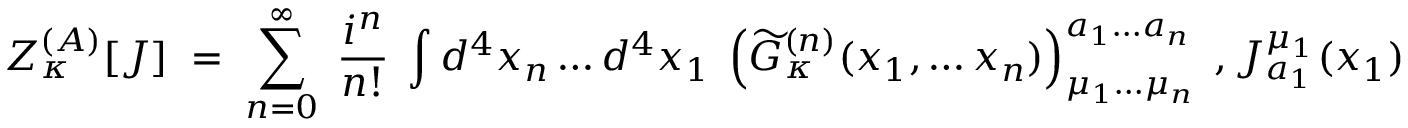
Z _ { \kappa } ^ { ( { \cal A } ) } [ { \cal J } ] \; = \; \sum _ { n = 0 } ^ { \infty } \; \frac { i ^ { n } } { n ! } \; \int d ^ { 4 } x _ { n } \ldots d ^ { 4 } x _ { 1 } \; \left( \widetilde { \cal G } _ { \kappa } ^ { ( n ) } ( x _ { 1 } , \ldots x _ { n } ) \right) _ { \mu _ { 1 } \ldots \mu _ { n } } ^ { a _ { 1 } \ldots a _ { n } } \; , { \cal J } _ { a _ { 1 } } ^ { \mu _ { 1 } } ( x _ { 1 } ) \ldots { \cal J } _ { a _ { n } } ^ { \mu _ { n } } ( x _ { n } ) \; .